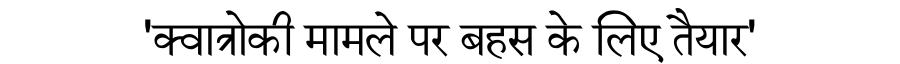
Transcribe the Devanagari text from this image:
'क्वात्रोकी मामले पर बहस के लिए तैयार'